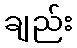
ချည်း